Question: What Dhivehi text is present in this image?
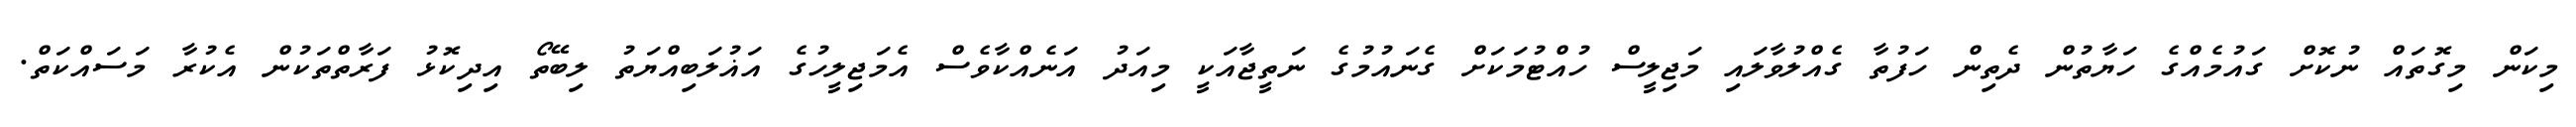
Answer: މިކަން މިގޮތައް ނުކޮށް ގައުމެއްގެ ހަޔާތުން ދެތިން ހަފުތާ ގެއްލުވާލައި މަޖިލީސް ހުއްޓުމަކަށް ގެނައުމުގެ ނަތީޖާއަކީ މިއަދު އަނެއްކާވެސް އެމަޖިލީހުގެ އަޣުލަބިއްޔަތު ލިބޭތޯ އިދިކޮޅު ފަރާތްތަކުން އެކުރާ މަސައްކަތް.